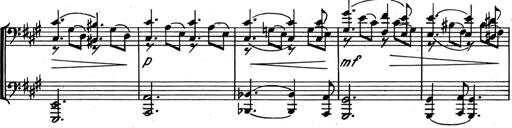
Title: Kleine Sonate
Composer: Raoul Koczalski
Key: C major